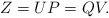
LaTeX: \begin{align*}Z = U P = Q V.\end{align*}